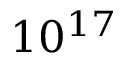
1 0 ^ { 1 7 }